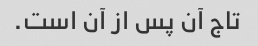
تاج آن پس از آن است.